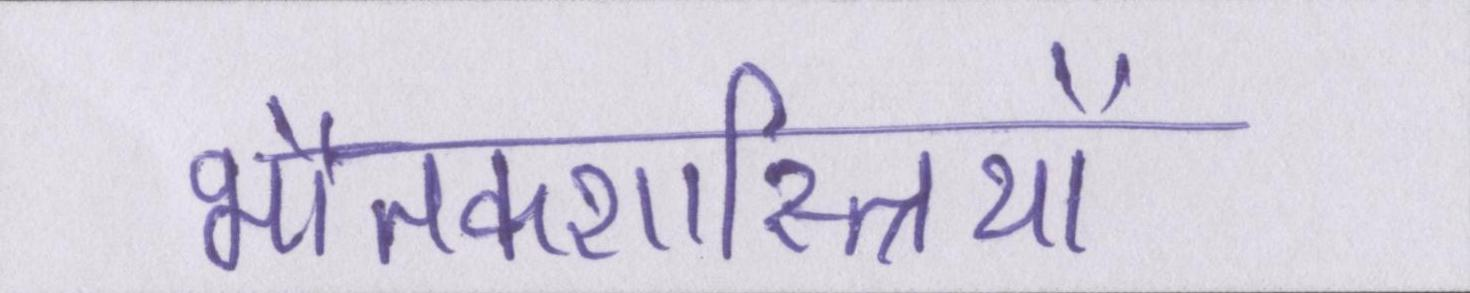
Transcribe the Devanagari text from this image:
भौतकशास्त्रियों